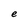
Character: e